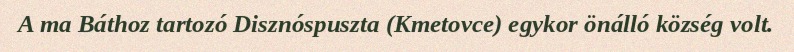
A ma Báthoz tartozó Disznóspuszta (Kmetovce) egykor önálló község volt.